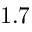
1 . 7